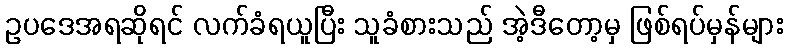
ဥပဒေအရဆိုရင် လက်ခံရယူပြီး သူခံစားသည် အဲ့ဒီတော့မှ ဖြစ်ရပ်မှန်များ